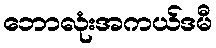
ဘောလုံးအကယ်ဒမီ